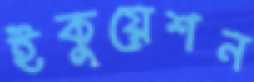
ইকুয়েশন